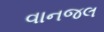
વાનજલ